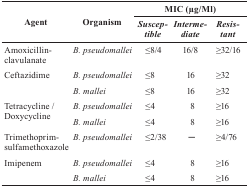
| <ROWSPAN=2> Agent | <ROWSPAN=2> Organism | <COLSPAN=3> MIC (μg/Ml) |
 | Susceptible | Intermediate | Resistant |
 | --- | --- | --- | --- | --- |
 | Amoxicillin-clavulanate | B. pseudomallei | ≤8/4 | 16/8 | ≥32/16 |
 | <ROWSPAN=2> Ceftazidime | B. pseudomallei | ≤8 | 16 | ≥32 |
 | B. mallei | ≤8 | 16 | ≥32 |
 | <ROWSPAN=2> Tetracycline / Doxycycline | B. pseudomallei | ≤4 | 8 | ≥16 |
 | B. mallei | ≤4 | 8 | ≥16 |
 | Trimethoprim-sulfamethoxazole | B. pseudomallei | ≤2/38 | - | ≥4/76 |
 | <ROWSPAN=2> Imipenem | B. pseudomallei | ≤4 | 8 | ≥16 |
 | B. mallei | ≤4 | 8 | ≥16 |